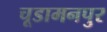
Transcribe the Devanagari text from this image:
चूडामनपुर